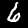
Label: 6